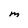
Character: M